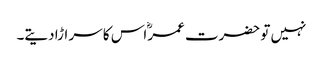
نہیں تو حضرت عمرؓ اس کا سر اڑا دیتے۔